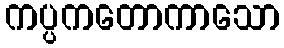
ကပ္ပကတောကာသော